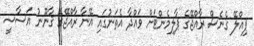
ޕިއްލޭ ގެނެސް ރާއްޖޭގެ ޕާލިމެންޓަށް ވައްދާ އެތަނުގައި އޭނާ ރާއްޖޭގެ ޤާނޫނު އަސާސީ